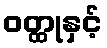
ဝတ္ထုနှင့်